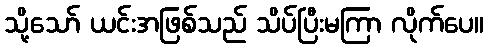
သို့သော် ယင်းအဖြစ်သည် သိပ်ပြီးမကြာ လိုက်ပေ။